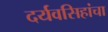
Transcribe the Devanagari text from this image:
दर्यवसिहांचा